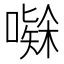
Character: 𭋅